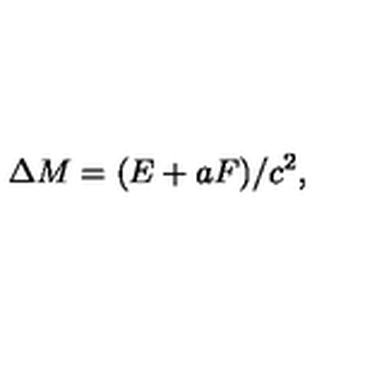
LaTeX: \Delta M = ( E + a F ) / c ^ { 2 } ,